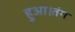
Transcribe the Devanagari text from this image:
हुआ।तंग